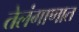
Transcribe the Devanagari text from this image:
तेलंगाणात